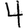
Digit: 4